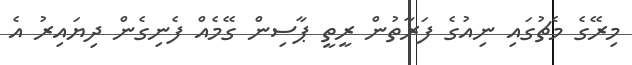
މިރޭގެ މެޗުގައި ނިއުގެ ފަރާތުން ރީތީ ޕާސިން ގޭމެއް ފެނިގެން ދިޔައިރު އެ